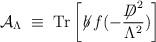
LaTeX: \begin{align*}{\mathcal A}_\Lambda \;\equiv\; {\rm Tr} \left[\not \! b \, f(-\frac{{\not\!\! D}^2}{\Lambda^2}) \right]\end{align*}